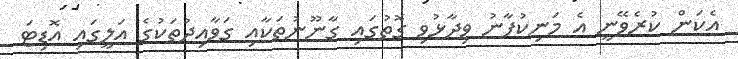
އެކަން ކުރެވޭނީ އެ މަނިކުފާނު ވިދާޅުވި ގޮތުގައި ގާނޫނުތަކާއި ގަވާއިދުތަކުގެ އަލީގައި އޮޑިޓަ